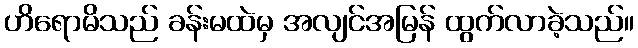
ဟိရောမိသည် ခန်းမထဲမှ အလျင်အမြန် ထွက်လာခဲ့သည်။